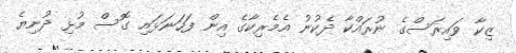
ޒިކާ ވައިރަސްގެ ނުރައްކާ ދެކުނު އެމެރިކާގެ އިން ފަހަނަޅައި ގޮސް މުޅި ދުނިޔެ